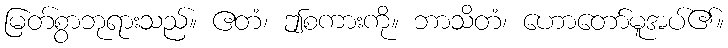
မြတ်စွာဘုရားသည်။ ဧတံ၊ ဤစကားကို။ ဘာသိတံ၊ ဟောတော်မူအပ်၏။